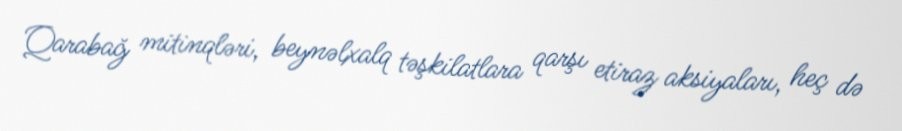
Qarabağ mitinqləri, beynəlxalq təşkilatlara qarşı etiraz aksiyaları, heç də